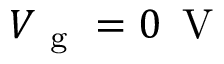
V _ { \mathrm { ~ g ~ } } = 0 \, \mathrm { ~ V ~ }